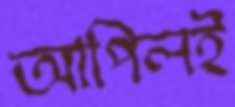
আপিলই